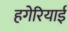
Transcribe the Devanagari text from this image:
हगेरियाई